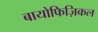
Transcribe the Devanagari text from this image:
बायोफिज़िकल